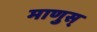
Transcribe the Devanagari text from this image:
माणुस्